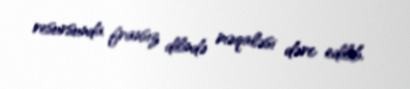
resursunda fransız dilində məqaləsi dərc edilib.